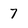
Character: 7